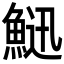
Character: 𩷰